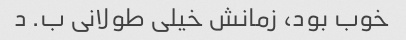
خوب بود، زمانش خیلی طولانی ب. د